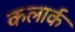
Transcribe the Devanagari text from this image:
कलार्क